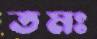
তমঃ